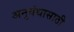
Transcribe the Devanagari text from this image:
अनुबंधासाठी